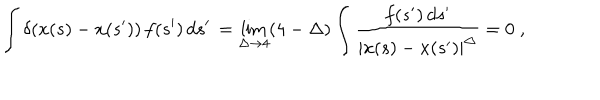
LaTeX: \int \delta ( x ( s ) - x ( s ^ { \prime } ) ) \, f ( s ^ { \prime } ) \, d s ^ { \prime } \, = \lim _ { \Delta \to 4 } ( 4 - \Delta ) \int \frac { f ( s ^ { \prime } ) \, d s ^ { \prime } } { | x ( s ) - x ( s ^ { \prime } ) | ^ { \Delta } } = 0 \; ,